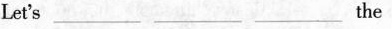
Let's ___ ___ ___ the